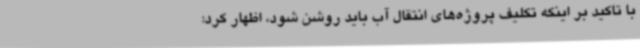
با تاکید بر اینکه تکلیف پروژه‌های انتقال آب باید روشن شود، اظهار کرد: